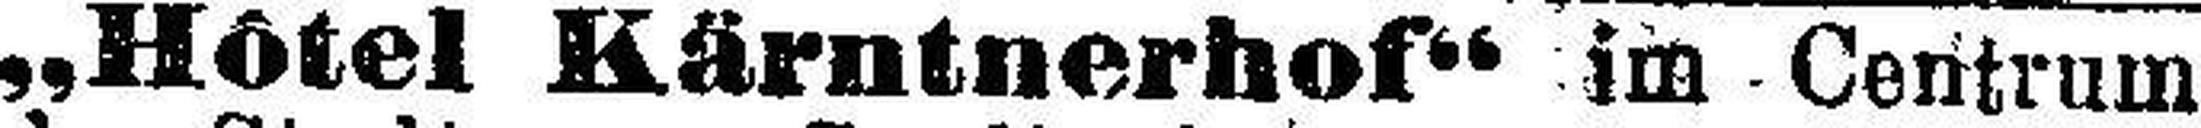
„Hôtel Kärntnerhof“ im Centrum